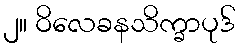
၂။ ဝိလေခနသိက္ခာပုဒ်